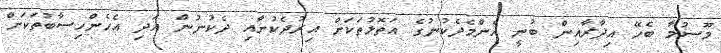
މޫސުމާ ބެހޭ އިދާރާއިން ބުނީ އެންމެދެކުނުގެ އަތޮޅުތަކަށް އިރުދެކުނާއި ދެކުނުން އަދި އެހެންހިސާބުތަކަށް